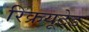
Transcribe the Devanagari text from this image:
रिक्रयूटेड